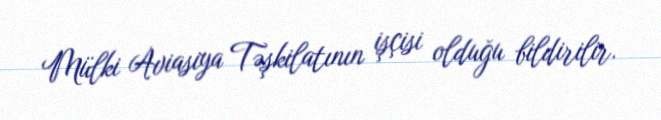
Mülki Aviasiya Təşkilatının işçisi olduğu bildirilir.